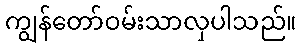
ကျွန်တော်ဝမ်းသာလှပါသည်။